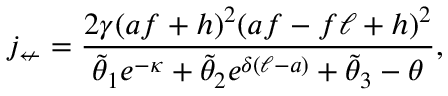
j _ { \not \leftarrow } = \frac { 2 \gamma ( a f + h ) ^ { 2 } ( a f - f \ell + h ) ^ { 2 } } { \tilde { \theta } _ { 1 } e ^ { - \kappa } + \tilde { \theta } _ { 2 } e ^ { \delta ( \ell - a ) } + \tilde { \theta } _ { 3 } - \theta } ,